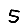
Digit: 5